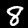
Digit: 8